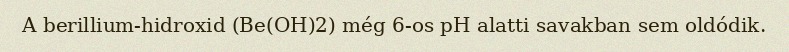
A berillium-hidroxid (Be(OH)2) még 6-os pH alatti savakban sem oldódik.